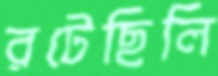
রটেছিলি